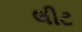
લીટ